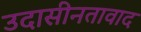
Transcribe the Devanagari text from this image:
उदासीनतावाद